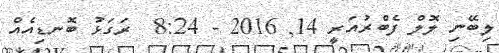
ލިބޭނި ލޮލް ފެބްރުއަރީ 14